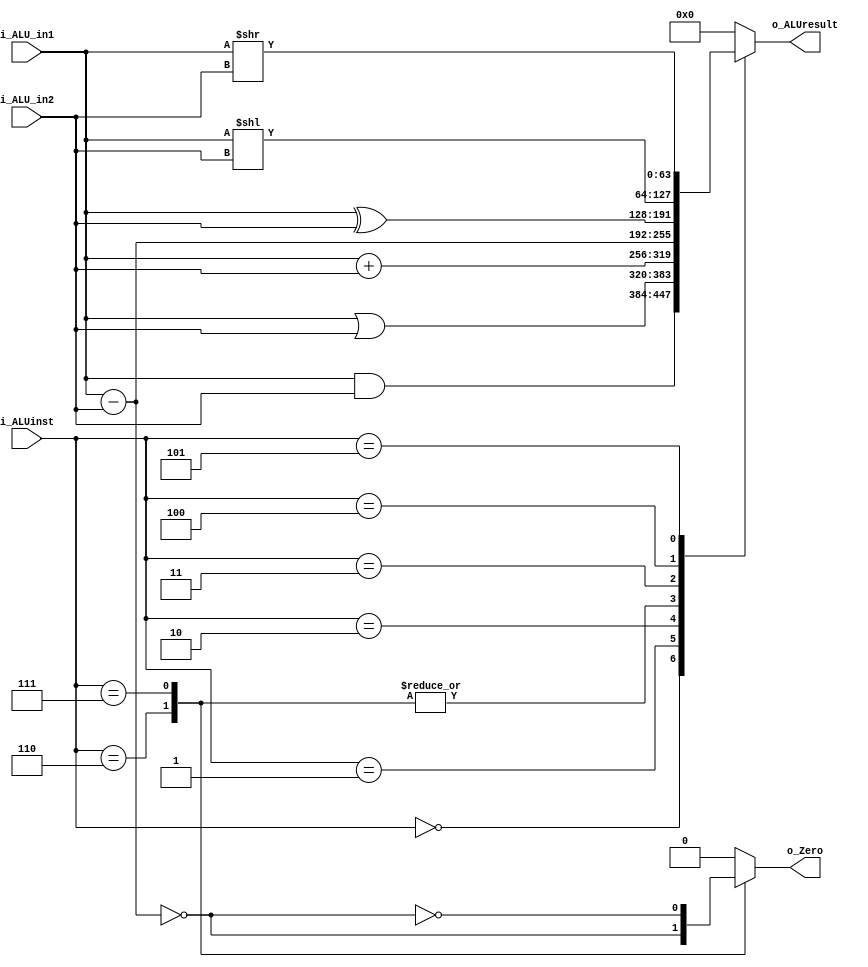
module ALU #(
	parameter ADDR_W = 64,
	parameter INST_W = 32,
	parameter DATA_W = 64
)(
    input  [3:0]        i_ALUinst,
    input  [DATA_W-1:0] i_ALU_in1,
    input  [DATA_W-1:0] i_ALU_in2,
    output              o_Zero,
    output [DATA_W-1:0] o_ALUresult
);

    reg              o_Zero_w;
    reg [DATA_W-1:0] o_ALUresult_w;

    assign o_Zero = o_Zero_w;
    assign o_ALUresult = o_ALUresult_w;

    always @(*) begin
        o_Zero_w = 0;
        case (i_ALUinst)
            4'b0000: begin // and
                o_ALUresult_w = i_ALU_in1 & i_ALU_in2;
            end
            4'b0001: begin // or
                o_ALUresult_w = i_ALU_in1 | i_ALU_in2;
            end
            4'b0010: begin // add
                o_ALUresult_w = i_ALU_in1 + i_ALU_in2;
            end
            4'b0110: begin // sub also Zero=1 if sub=0
                o_ALUresult_w = i_ALU_in1 - i_ALU_in2;
                o_Zero_w = (o_ALUresult_w == 0);
            end
            4'b0111: begin // sub also Zero=0 if sub~=0
                o_ALUresult_w = i_ALU_in1 - i_ALU_in2;
                o_Zero_w = ~(o_ALUresult_w == 0);
            end
            4'b0011: begin // xor
                o_ALUresult_w = i_ALU_in1 ^ i_ALU_in2;
            end
            4'b0100: begin // slli
                o_ALUresult_w = i_ALU_in1 << i_ALU_in2;
            end
            4'b0101: begin // srli
                o_ALUresult_w = i_ALU_in1 >> i_ALU_in2;
            end
            default: begin
                o_ALUresult_w = 0;
            end
        endcase 
    end

endmodule